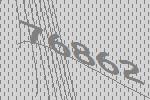
76862